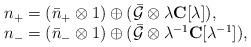
LaTeX: \begin{align*}\begin{array}{l}n_+=(\bar{n}_+\otimes 1)\oplus (\bar{{\cal G}}\otimes \lambda{\bf C}[\lambda]),\\n_-=(\bar{n}_-\otimes 1)\oplus (\bar{{\cal G}}\otimes\lambda^{-1}{\bf C}[\lambda^{-1}]),\end{array}\end{align*}